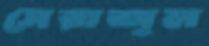
সেরাজুল